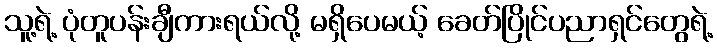
သူ့ရဲ့ ပုံတူပန်းချီကားရယ်လို့ မရှိပေမယ့် ခေတ်ပြိုင်ပညာရှင်တွေရဲ့